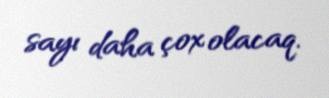
sayı daha çox olacaq.